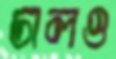
ঢালও